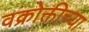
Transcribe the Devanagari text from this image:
वक्रोक्तीच्या